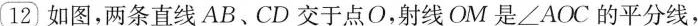
12 如图，两条直线AB、CD交于点O，射线OM是∠AOC的平分线，